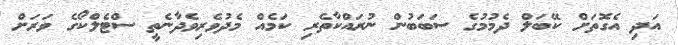
އަދި އެގޮތަށް ކޭބަލް ދެމުމުގެ ސަބަބުން ނުރައްކާތެރި ކަމެއް މެދުވެރިވެދާނެތީ ސްޓެލްކޯގެ ވަރަށް